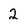
Character: 2